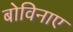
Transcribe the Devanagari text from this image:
बोविनाए